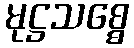
မုဋ္ဌသစ္စေ